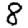
Digit: 8